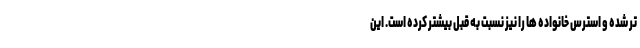
تر شده و استرس خانواده ها را نیز نسبت به قبل بیشتر کرده است. این